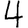
Digit: 4